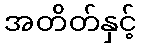
အတိတ်နှင့်